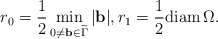
\begin{align*}r_0 = \frac{1}{2} \min_{0 \ne {\mathbf b}\in \widetilde{\Gamma}} |{\mathbf b}|,r_1 = \frac{1}{2} {\rm diam}\, \Omega.\end{align*}